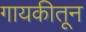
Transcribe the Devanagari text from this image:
गायकीतून